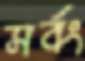
সর্বং